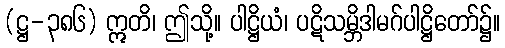
(ဋ္ဌ-၃၈၆) ဣတိ၊ ဤသို့။ ပါဋ္ဌိယံ၊ ပဋိသမ္ဘိဒါမဂ်ပါဋ္ဌိတော်၌။